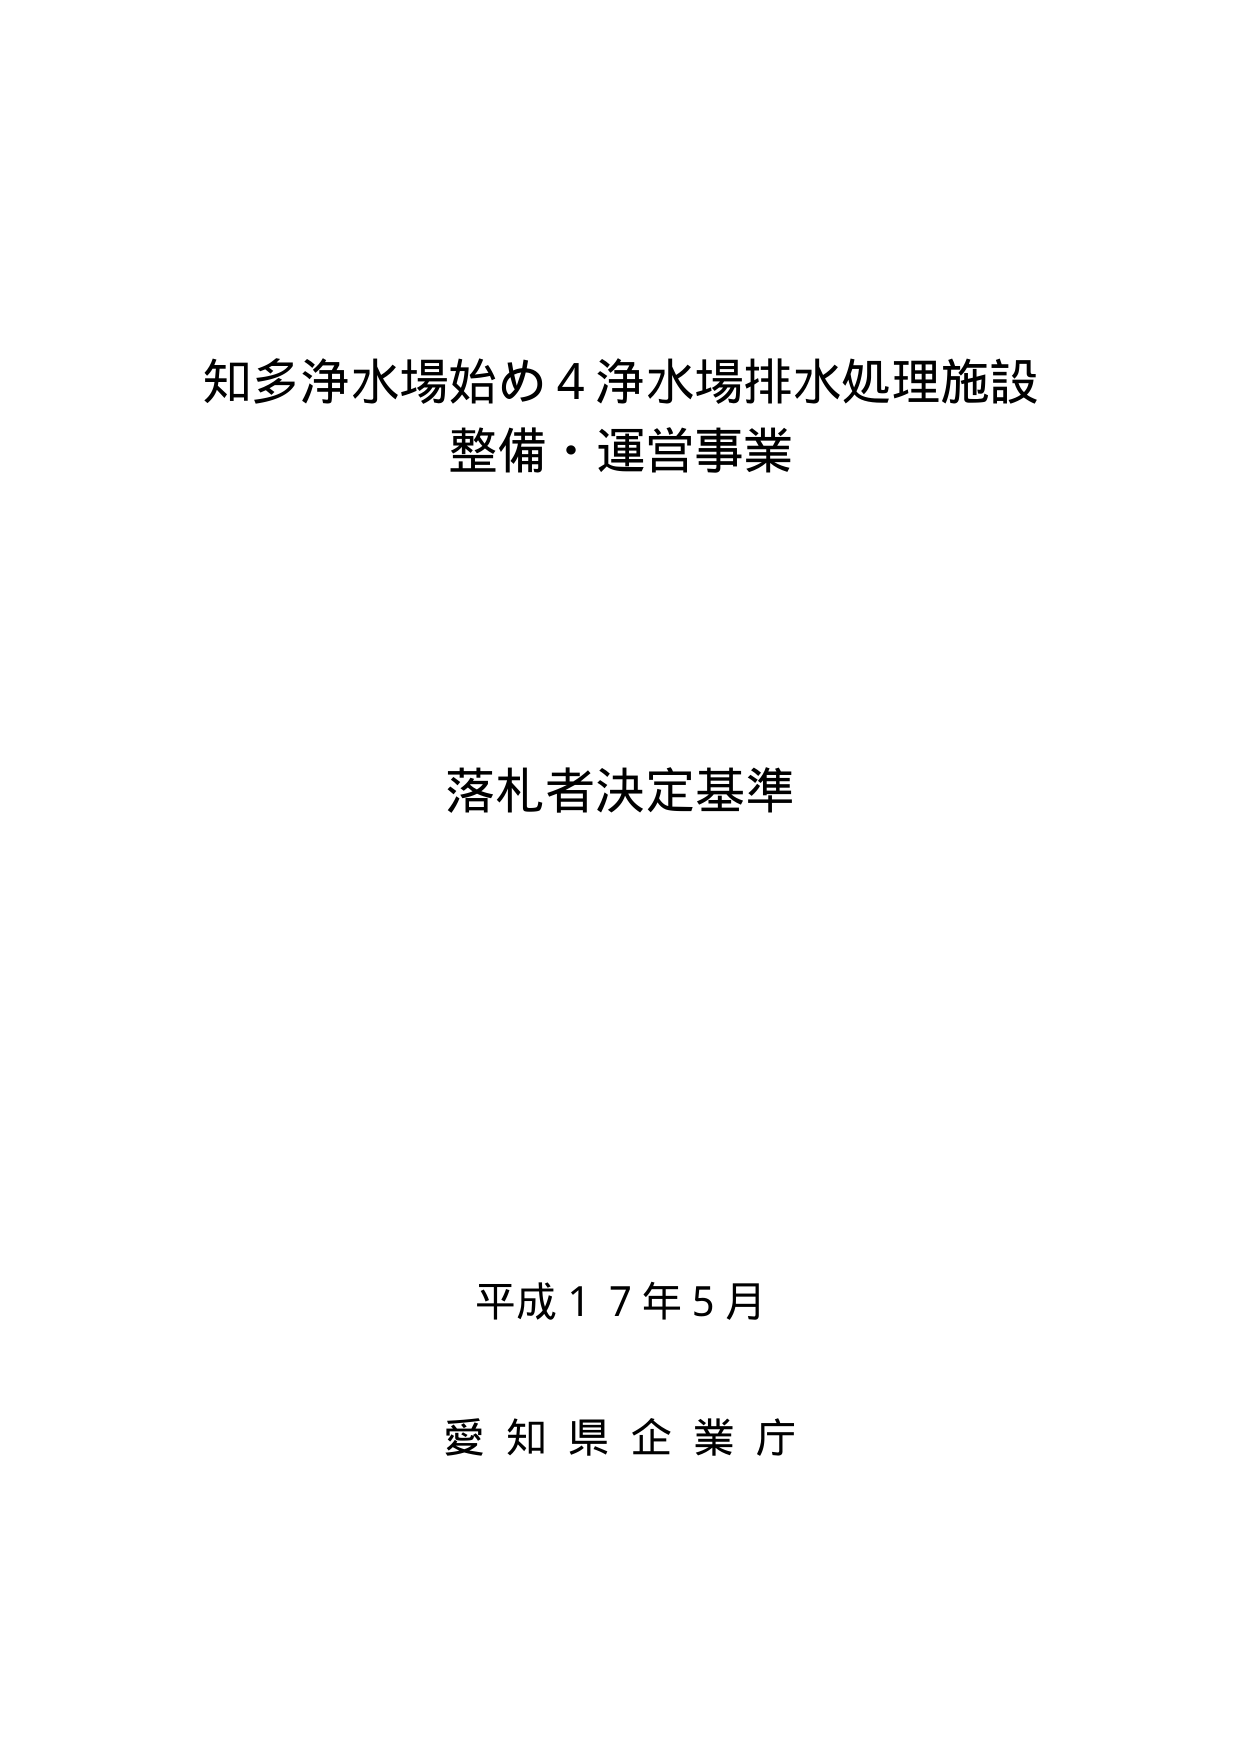
知多浄水場始め４浄水場排水処理施設
整備・運営事業

落札者決定基準

平成１７年５月
愛知県企業庁